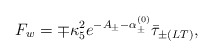
\begin{align*}F_w = \mp\kappa_5^2e^{-A_{\pm}-\alpha^{(0)}_{\pm}}\bar{\tau}_{\pm(LT)},\end{align*}